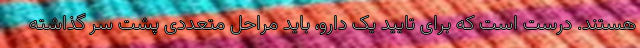
هستند. درست است که برای تایید یک دارو، باید مراحل متعددی پشت سر گذاشته